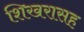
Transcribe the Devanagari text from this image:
शिखरासह